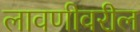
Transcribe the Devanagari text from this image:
लावणीवरील